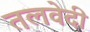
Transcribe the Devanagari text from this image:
तलवेदी